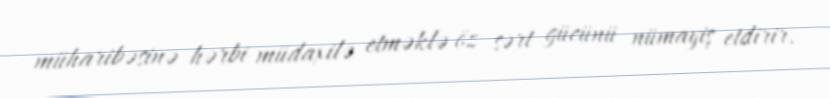
müharibəsinə hərbi müdaxilə etməklə öz sərt gücünü nümayiş etdirir.